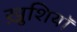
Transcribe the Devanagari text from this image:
ख़ुशियाॅ